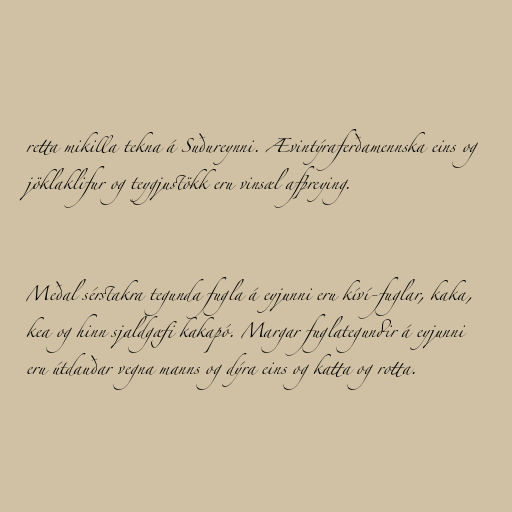
retta mikilla tekna á Suðureynni. Ævintýraferðamennska eins og
jöklaklifur og teygjustökk eru vinsæl afþreying.

Meðal sérstakra tegunda fugla á eyjunni eru kíví-fuglar, kaka,
kea og hinn sjaldgæfi kakapó. Margar fuglategundir á eyjunni
eru útdauðar vegna manns og dýra eins og katta og rotta.